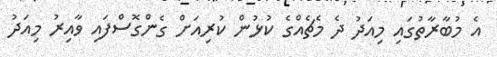
އެ މުބާރާތުގައި މިއަދު ދެ މެޗެއްގެ ކުޅުން ކުރިއަށް ގެންގޮސްފައި ވާއިރު މިއަދު